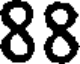
88